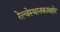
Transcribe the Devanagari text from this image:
रेल्वेस्थानकाबाहेर